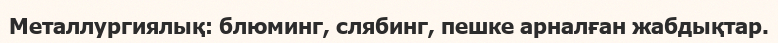
Металлургиялық: блюминг, слябинг, пешке арналған жабдықтар.